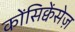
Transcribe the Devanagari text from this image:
कोंसिक्वेंसेज़